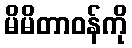
မိမိတာဝန်ကို